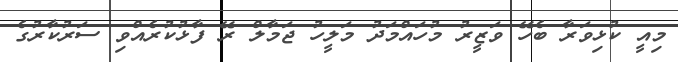
މިއީ ކުޅިވަރާ ބެހޭ ވަޒީރު މުހައްމަދު މަލީހު ޖަމާލް ރޭ ފާޅުކުރެއްވި ސަރުކާރުގެ